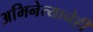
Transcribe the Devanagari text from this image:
अभिनेत्यानेही